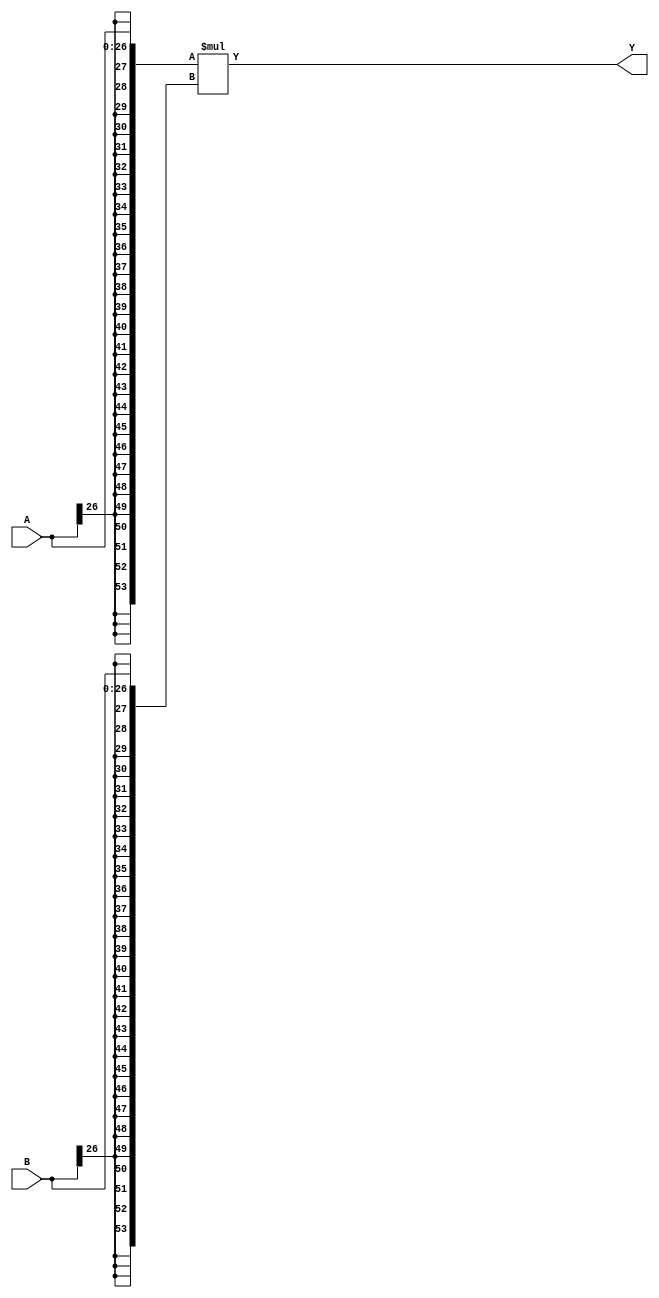
// This program was cloned from: https://github.com/Nitcloud/Digital-IDE
// License: GNU General Public License v3.0

`default_nettype none

(* abc9_box *)
module MISTRAL_MUL27X27(input [26:0] A, input [26:0] B, output [53:0] Y);

parameter A_SIGNED = 1;
parameter B_SIGNED = 1;

`ifdef cyclonev
specify
    (A *> Y) = 3732;
    (B *> Y) = 3928;
endspecify
`endif
`ifdef arriav
// NOTE: Arria V appears to have only one set of timings for all DSP modes...
specify
    (A *> Y) = 1895;
    (B *> Y) = 2053;
endspecify
`endif
`ifdef cyclone10gx
// TODO: Cyclone 10 GX timings; the below are for Cyclone V
specify
    (A *> Y) = 3732;
    (B *> Y) = 3928;
endspecify
`endif

wire [53:0] A_, B_;

if (A_SIGNED)
    assign A_ = $signed(A);
else
    assign A_ = $unsigned(A);

if (B_SIGNED)
    assign B_ = $signed(B);
else
    assign B_ = $unsigned(B);

assign Y = A_ * B_;

endmodule

(* abc9_box *)
module MISTRAL_MUL18X18(input [17:0] A, input [17:0] B, output [35:0] Y);

parameter A_SIGNED = 1;
parameter B_SIGNED = 1;

`ifdef cyclonev
specify
    (A *> Y) = 3180;
    (B *> Y) = 3982;
endspecify
`endif
`ifdef arriav
// NOTE: Arria V appears to have only one set of timings for all DSP modes...
specify
    (A *> Y) = 1895;
    (B *> Y) = 2053;
endspecify
`endif
`ifdef cyclone10gx
// TODO: Cyclone 10 GX timings; the below are for Cyclone V
specify
    (A *> Y) = 3180;
    (B *> Y) = 3982;
endspecify
`endif

wire [35:0] A_, B_;

if (A_SIGNED)
    assign A_ = $signed(A);
else
    assign A_ = $unsigned(A);

if (B_SIGNED)
    assign B_ = $signed(B);
else
    assign B_ = $unsigned(B);

assign Y = A_ * B_;

endmodule

(* abc9_box *)
module MISTRAL_MUL9X9(input [8:0] A, input [8:0] B, output [17:0] Y);

parameter A_SIGNED = 1;
parameter B_SIGNED = 1;

`ifdef cyclonev
specify
    (A *> Y) = 2818;
    (B *> Y) = 3051;
endspecify
`endif
`ifdef arriav
// NOTE: Arria V appears to have only one set of timings for all DSP modes...
specify
    (A *> Y) = 1895;
    (B *> Y) = 2053;
endspecify
`endif
`ifdef cyclone10gx
// TODO: Cyclone 10 GX timings; the below are for Cyclone V
specify
    (A *> Y) = 2818;
    (B *> Y) = 3051;
endspecify
`endif

wire [17:0] A_, B_;

if (A_SIGNED)
    assign A_ = $signed(A);
else
    assign A_ = $unsigned(A);

if (B_SIGNED)
    assign B_ = $signed(B);
else
    assign B_ = $unsigned(B);

assign Y = A_ * B_;

endmodule